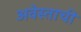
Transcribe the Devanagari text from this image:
अवेस्ताची